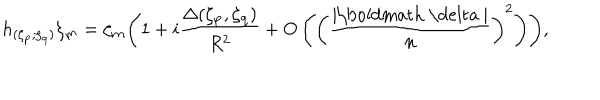
LaTeX: h _ { ( \zeta _ { \bf p } , \zeta _ { \bf q } ) } \zeta _ { \bf m } = \zeta _ { \bf m } \Biggl ( 1 + i \frac { \Delta ( \zeta _ { \bf p } , \zeta _ { \bf q } ) } { R ^ { 2 } } + O \left( \biggl ( \frac { | \mathrm { \boldmath ~ \ d e l t a ~ } | } { n } \biggr ) ^ { 2 } \right) \Biggr ) ,